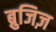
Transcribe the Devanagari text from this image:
ब्रुजिज़